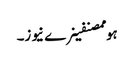
ہوممصنفینرے نیوز۔